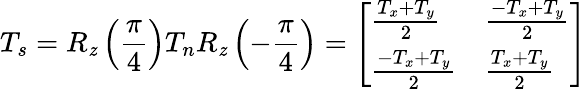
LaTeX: T_{s}=R_{\mathit{z}}\left(\frac{{\pi}}{{4}}\right)T_{n}R_{\mathit{z}}\left(-\frac{{\pi}}{{4}}\right)=\left[\begin{array}{ll}{\frac{T_{x}+T_{y}}{2}}&{\frac{-T_{x}+T_{y}}{2}}\\ {\frac{-T_{x}+T_{y}}{2}}&{\frac{T_{x}+T_{y}}{2}}\end{array}\right]